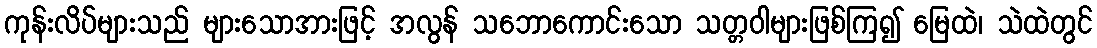
ကုန်းလိပ်များသည် များသောအားဖြင့် အလွန် သဘောကောင်းသော သတ္တဝါများဖြစ်ကြ၍ မြေထဲ၊ သဲထဲတွင်